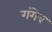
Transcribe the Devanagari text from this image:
गंगेव